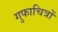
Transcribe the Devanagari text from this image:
गुफाचित्रों